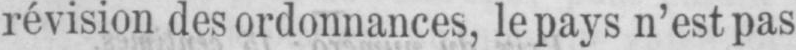
révision des ordonnances, le pays n’est pas